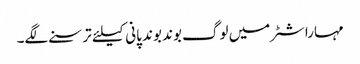
مہاراشٹر میں لوگ بوند بوند پانی کیلئے ترسنے لگے۔